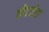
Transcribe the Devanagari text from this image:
बीटलेस